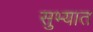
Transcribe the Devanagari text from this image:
सुभ्यात